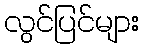
လွင်ပြင်များ